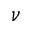
\nu